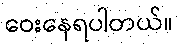
ဝေးနေရပါတယ်။